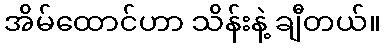
အိမ်ထောင်ဟာ သိန်းနဲ့ ချီတယ်။